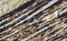
يغطي